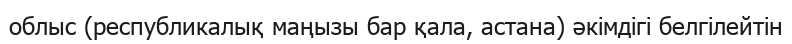
облыс (республикалық маңызы бар қала, астана) әкімдігі белгілейтін